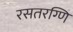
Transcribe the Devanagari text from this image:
रसतरग्णि